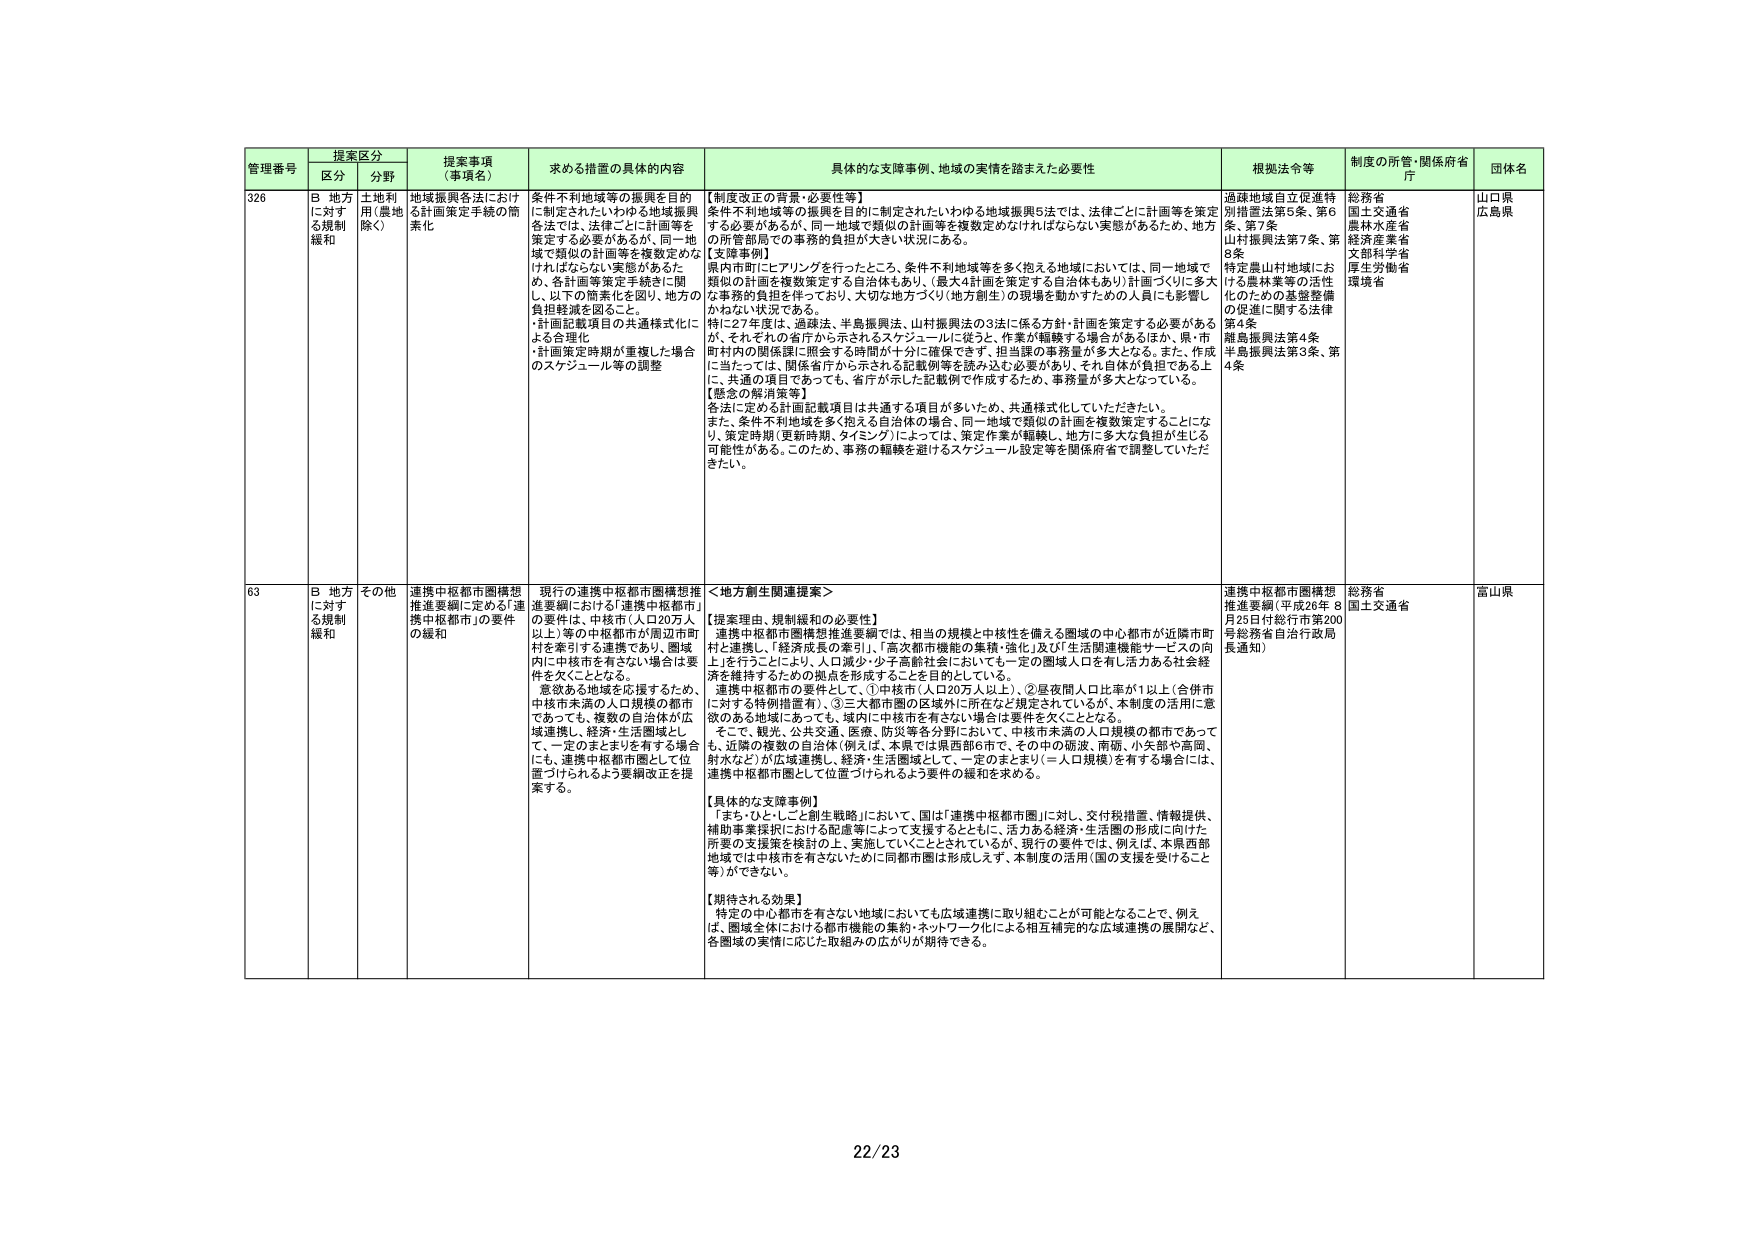
管理番号 提案区分 提案事項（事項名） 求める措置の具体的内容 具体的な支援事例、地域の実情を踏まえた必要性 根拠法令等 制度の所管・関係府省庁 団体名
区分 分野
326 B 地方に対する規制緩和 土地利用（農地除く） 地域振興各法における計画策定手続の簡素化 条件不利地域等の振興を目的に策定されたいわゆる地域振興各法では、法律ごとに計画等を策定する必要があるが、同一地域で類似の計画等を複数定めなければならない実態があるため、地方の所管部局での事務的負担が大きい状況にある。
【制度改正の背景・必要性等】
条件不利地域等の振興を目的に制定されたいわゆる地域振興5法では、法律ごとに計画等を策定する必要があるが、同一地域で類似の計画等を複数定めなければならない実態があるため、地方の所管部局での事務的負担が大きい状況にある。
【実際事例】
県内市町にヒアリングを行ったところ、条件不利地域等を多く抱える地域においては、同一地域で類似の計画を複数策定する自治体もあり、（最大4計画を策定する自治体もあり）計画づくりに多大な事務的負担を伴っており、大切な地方づくり（地方創生）の現場を動かすための人員にも影響しかねない状況である。
特に27年度は、過疎法、半島振興法、山村振興法の3法に係る方針・計画を策定する必要があるが、それぞれの省庁から示されるスケジュールに従うと、作業が齟齬する場合があるほか、県・市町村内の関係課に照会する時間が十分に確保できず、担当課の事務量が多大となる。また、作成に当たっては、関係省庁から示される記載例等を読み込む必要があり、それ自体が負担である上に、共通の項目であっても、省庁が示した記載例で作成するため、事務量が多大となっている。
【懸念の解消策等】
各法に定める計画記載項目は共通する項目が多いため、共通様式化していただきたい。
また、条件不利地域を多く抱える自治体の場合は、同一地域で類似の計画を複数策定することになり、策定時期（更新時期、タイミング）によっては、策定作業が齟齬し、地方に多大な負担が生じる可能性がある。このため、事務の齟齬を避けるスケジュール設定等を関係府省で調整していただきたい。
過疎地域自立促進特別措置法第5条、第6条、第7条
山村振興法第7条、第8条
特定農山村地域における農林業等の活性化のための基盤整備の促進に関する法律第4条
離島振興法第4条
半島振興法第3条、第4条
総務省
国土交通省
農林水産省
経済産業省
文部科学省
厚生労働省
環境省
山口県
広島県
63 B 地方に対する規制緩和 その他 連携中枢都市圏構想推進要綱に定める「連携中枢都市」の要件の緩和 現行の連携中枢都市圏構想推進要綱における「連携中枢都市」の要件は、中核市（人口20万人以上）等の中核都市が周辺市町村を牽引する連携であり、圏域内に中核市を有さない場合は要件を欠くこととなる。
意欲ある地域を応援するため、中核市未満の人口規模の都市であっても、複数の自治体が広域連携し、経済・生活圏域として、一定のまとまりを有する場合にも、連携中枢都市圏として位置づけられるよう要綱改正を提案する。
＜地方創生関連提案＞
【提案理由・規制緩和の必要性】
連携中枢都市圏構想推進要綱では、相当の規模と中核性を備える圏域の中心都市が近隣市町村と連携し、「経済成長の牽引」、「高次都市機能の集積・強化」及び「生活関連機能サービスの向上」を行うことにより、人口減少・少子高齢社会においても一定の圏域人口を有し活力ある社会経済を維持するための拠点を形成することを目的としている。
連携中枢都市の要件として、①中核市（人口20万人以上）、②昼夜間人口比率が1以上（合併市に対する特例措置有）、③三大都市圏の区域外に所在など規定されているが、本制度の活用に意欲のある地域にあっても、域内に中核市を有さない場合は要件を欠くこととなる。
そこで、観光、公共交通、医療、防災等各分野において、中核市未満の人口規模の都市であっても、近隣の複数の自治体（例えば、本県では県西部6市で、その中の砺波、南砺、小矢部や高岡、射水など）が広域連携し、経済・生活圏域として、一定のまとまり（＝人口規模）を有する場合には、連携中枢都市圏として位置づけられるよう要件の緩和を求める。
【具体的な支援事例】
「まち・ひと・しごと創生戦略」において、国は「連携中枢都市圏」に対し、交付税措置、情報提供、補助事業採択における配慮等によって支援するとともに、活力ある経済・生活圏の形成に向けた所要の支援策を検討の上、実施していくこととされているが、現行の要件では、例えば、本県西部地域では中核市を有さないために同都市圏は形成しえず、本制度の活用（国の支援を受けること等）ができない。
【期待される効果】
特定の中心都市を有さない地域においても広域連携に取り組むことが可能となることで、例えば、圏域全体における都市機能の集約・ネットワーク化による相互補完的な広域連携の展開など、各圏域の実情に応じた取組みの広がりが期待できる。
連携中枢都市圏構想推進要綱（平成26年8月25日付総行市第200号総務省自治行政局長通知）
総務省
国土交通省
富山県
22/23